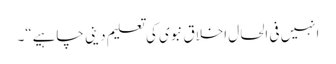
انہیں فی الحال اخلاق نبوی کی تعلیم دینی چاہیے“۔